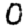
Digit: 0